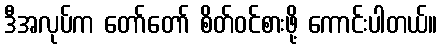
ဒီအလုပ်က တော်တော် စိတ်ဝင်စားဖို့ ကောင်းပါတယ်။